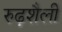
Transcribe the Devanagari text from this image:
रुढ़शैली